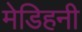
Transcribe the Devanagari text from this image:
मेडिहनी